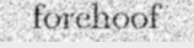
forehoof